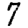
Digit: 7